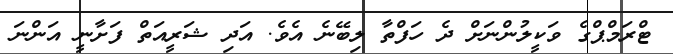
ޓްރަމްޕްގެ ވަކީލުންނަށް ދެ ހަފްތާ ލިބޭނެ އެވެ. އަދި ޝަރީއަތް ފަށާނީ އަންނަ